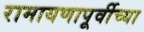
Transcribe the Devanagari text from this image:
रामायणापूर्वीच्या